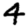
Digit: 4